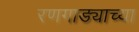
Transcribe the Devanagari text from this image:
रणगाड्याच्या